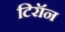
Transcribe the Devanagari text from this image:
टिरॉन